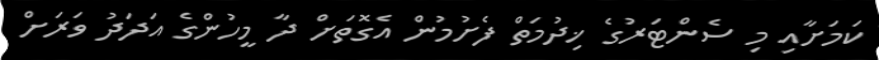
ކަމަށާއި މި ސެންޓަރުގެ ޚިދުމަތް ފެށުމުން އެގޮތަށް ދާ މީހުންގެ އަދަދު ވަރަށް